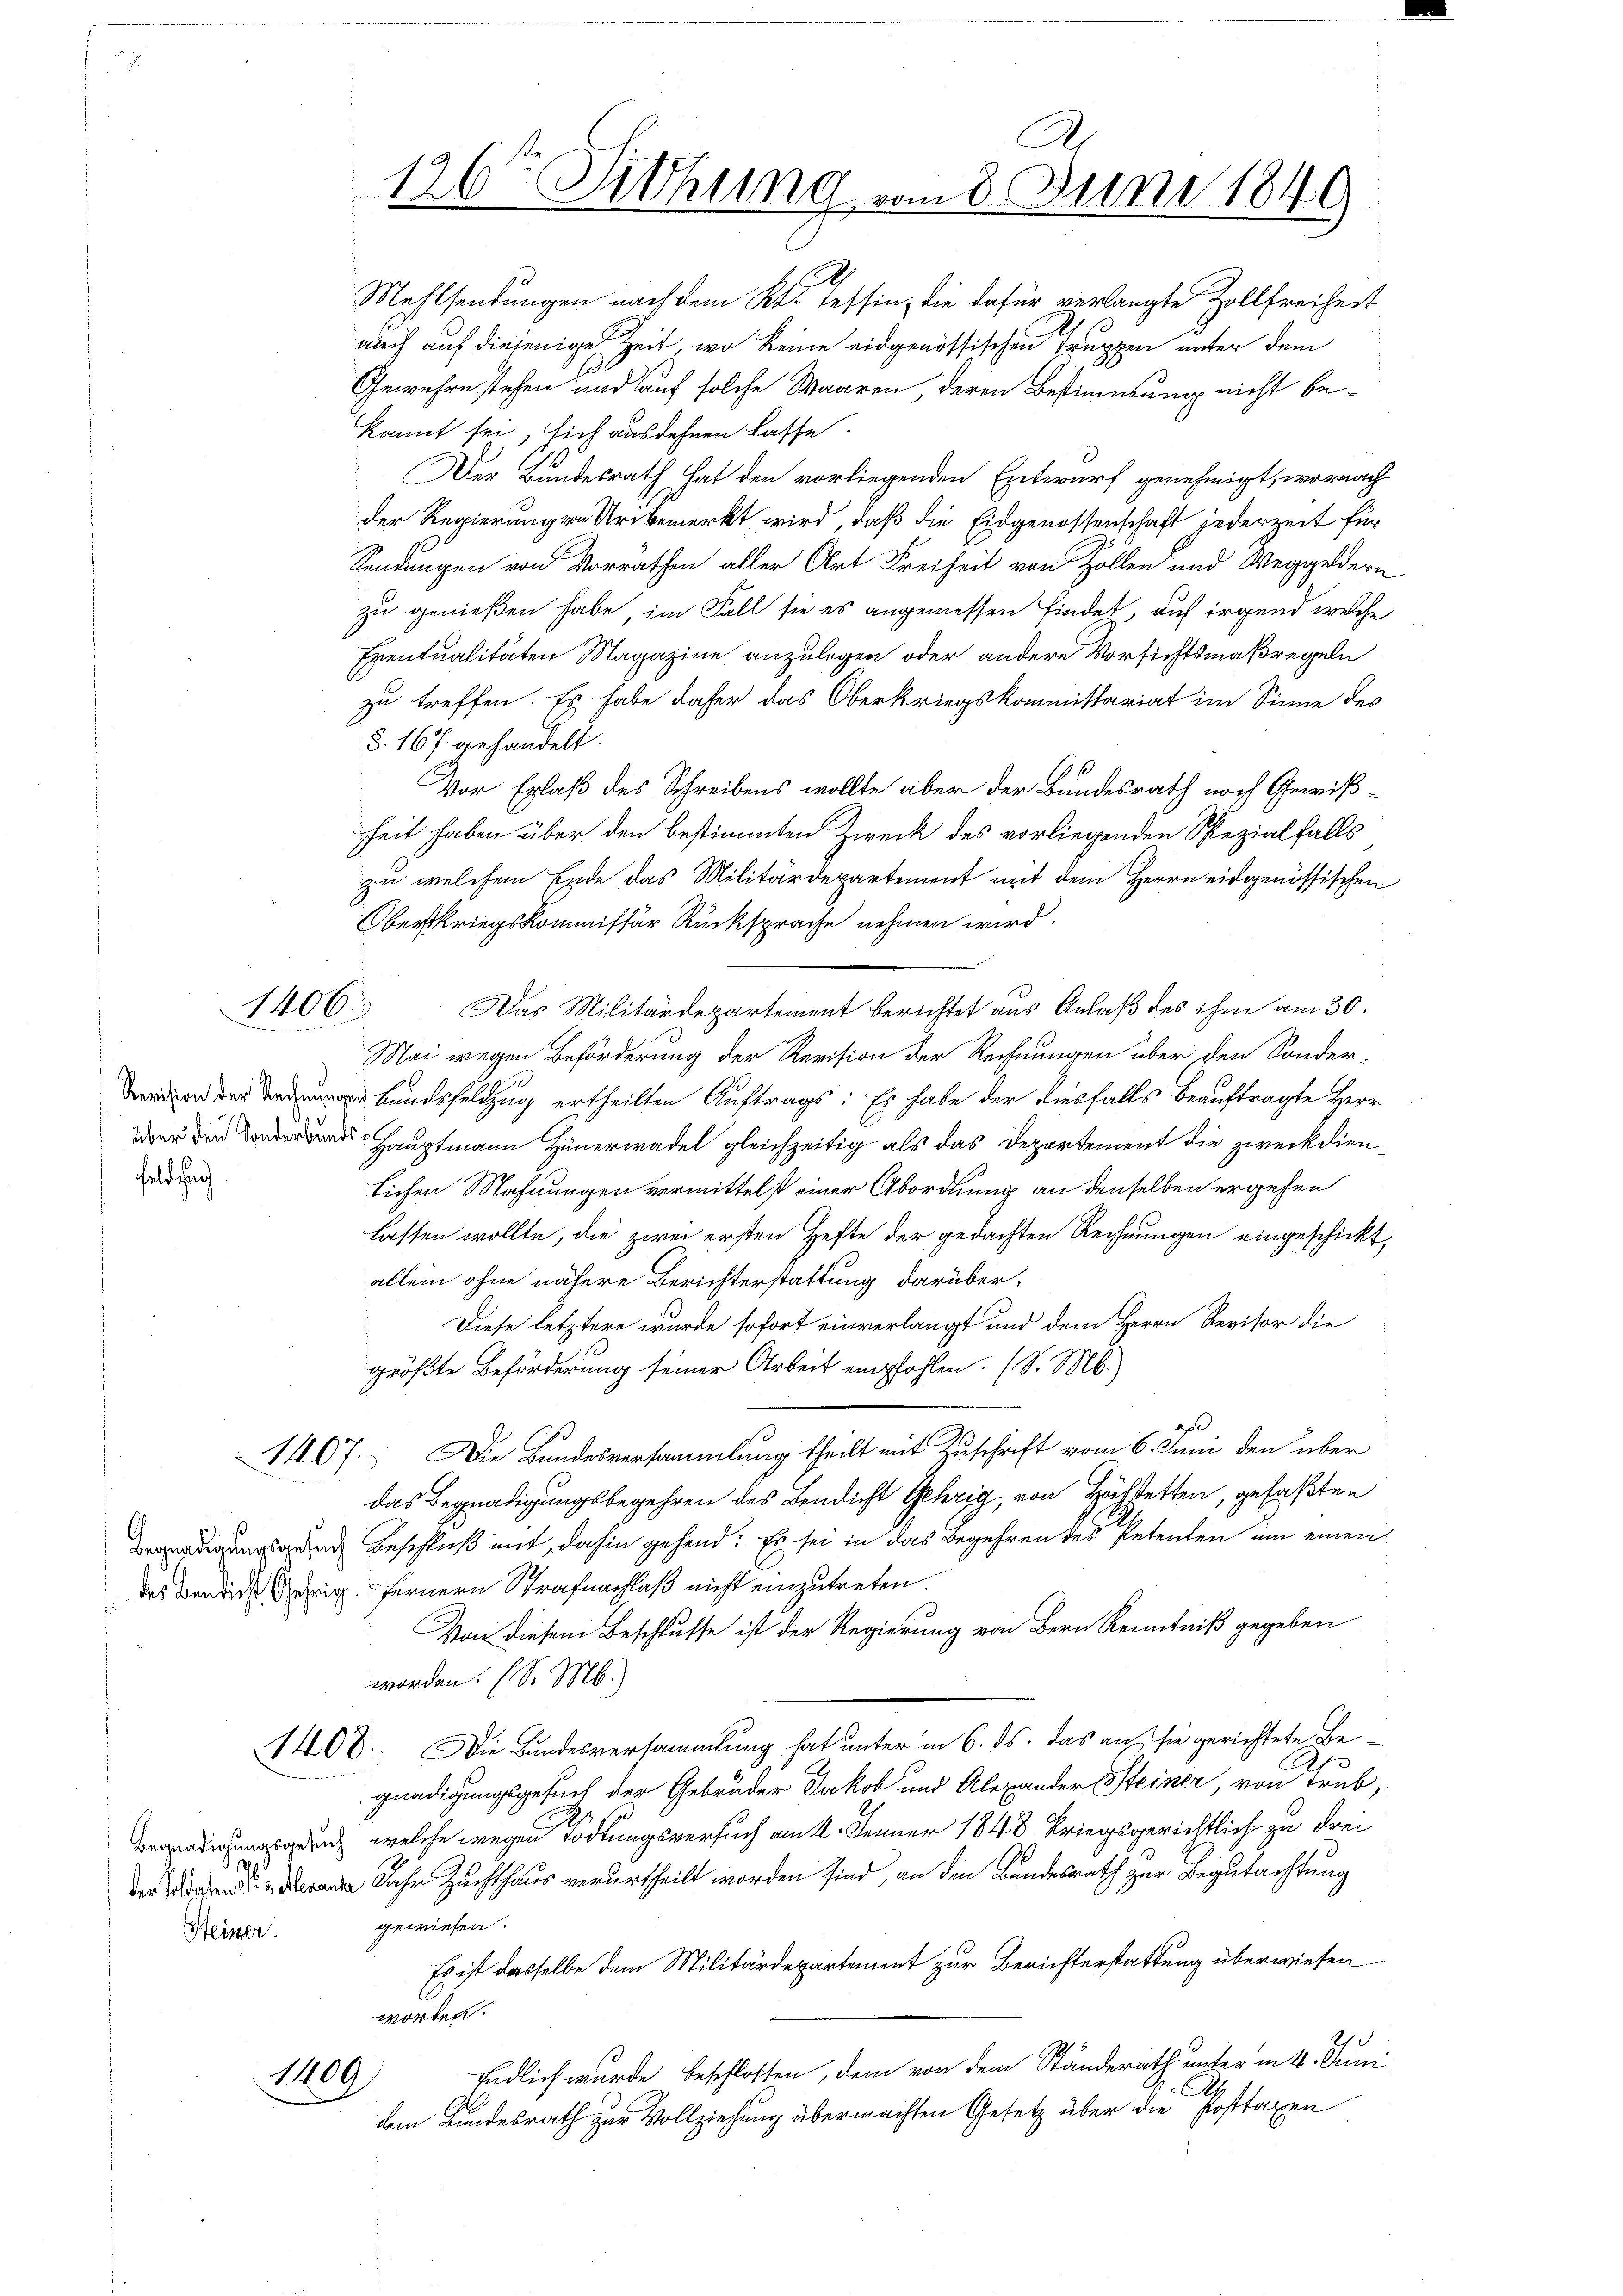
Feldsach

1406.

h
Steiner

126. Sitzung vom 8. Juni 1849
d

Mehlsendungen nach dem Kt. Tessin, die dafür verlangte Zollfreiheit
auch auf diejenige Zeit, wo keine eidgenössischen Truppen unter dem
Gewehre stehen und auf solche Waaren, deren Bestimmung nicht bekannt sei, sich ausdehnen lasse.
Der Bundesrath hat den vorliegenden Entwurf genehmigt, wornach
der Regierungen Uri bemerkt wird, daß die Eidgenossenschaft jederzeit für
Sendungen von Vorrathen aller Art Freiheit von Zollen und Weggeldern
zu genießen habe, im Fall sie es angemessen findet, auf irgend welche
Eventualitäten Magazine anzulegen oder andere Vorsichtsmaßregeln
zu treffen. Es habe daher das Oberkriegskommissariat im Sinne des
§. 167 gehandelt.
Vor Erlaß des Schreibens wollte aber der Bundesrath noch Gewißheit haben über den bestimmten Zweck des vorliegenden Spezialfalls
zu welchem Ende das Militärdepartement mit dem Herrn eidgenössischen
Oberkriegskommissär Rücksprache nehmen wird.
Das Militärdepartement berichtet aus Anlaß des ihm am 30.
Mai wegen Beförderung der Revision der Rechnungen über den Sonder-
enfeldzug ertheilten Auftrags: Es habe der diesfalls beauftragte Herr
Hauptmann Hünerwadel gleichzeitig als das Departement die zweckdienlichen Mahnungen vermittelst einer Abordnung an denselben ergehen
lassen wollte, die zwei ersten Hefte der gedachten Rechnungen eingeschickt,
allein ohne nähere Berichterstattung darüber,
Diese letztere wurde sofort einverlangt und dem Herrn Revisor die
größte Beförderung seiner Arbeit empfohlen. (S. M.)
aß
1407. Die Bundesversammlung theilt mit Zuschrift vom 6. Juni den über
das Begnadigungsbegehren des Bendicht Gehrig, von Höchstetten, gefaßten
gung und Beschluß mit, dahin gehend: Es sei in das Begehren des Petenten um einen
das den dies Gehrig fernern Strafnachlaß nicht einzutreten.
Von diesem Beschlusse ist der Regierung von Bern Kenntniß gegeben
worden. (S. M.)
1408. Die Bundesversammlung hat unter in 6. ds. das auf sie gerichtete Begnadigungsgesuch der Gebrüder Jakob und Alexander Steiner, von Trub,
ungen, welche wegen Tödtungsversuch am 4. Jenner 1848 kriegsgerichtlich zu Frei¬
 Jahr Zuchthaus verurtheilt worden sind, an den Bundesrath zur Begutachtung
gewiesen.
Es ist dasselbe dem Militärdepartement zur Berichterstattung überwiesen
worten.
Endlich wurde beschlossen, dem von dem Ständerath unter in 4. Juni
1409)
A
dem Bundesrath zur Vollziehung übermachten Gesetz über die Posttaxen